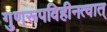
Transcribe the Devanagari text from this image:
गुणरूपविहीनत्वात्